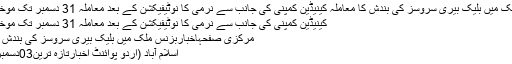
ملک میں بلیک بیری سروسز کی بندش کا معاملہ کینیڈین کمپنی کی جانب سے نرمی کا نوٹیفیکشن کے بعد معاملہ 31 دسمبر تک موخر
کینیڈین کمپنی کی جانب سے نرمی کا نوٹیفیکشن کے بعد معاملہ 31 دسمبر تک موخر
مرکزی صفحہاخباربزنس ملک میں بلیک بیری سروسز کی بندش ..
اسلام آباد (اُردو پوائنٹ اخبارتازہ ترین03دسمبر۔